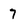
Character: 7